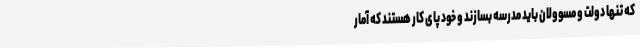
که تنها دولت و مسوولان باید مدرسه بسازند و خود پای کار هستند که آمار